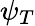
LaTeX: \psi_{T}